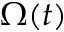
\Omega ( t )